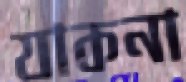
যাকনা